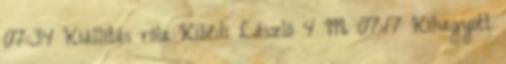
07:34 Kiállítás róla Kibédi László 4 III. 07:17 Kihagyott